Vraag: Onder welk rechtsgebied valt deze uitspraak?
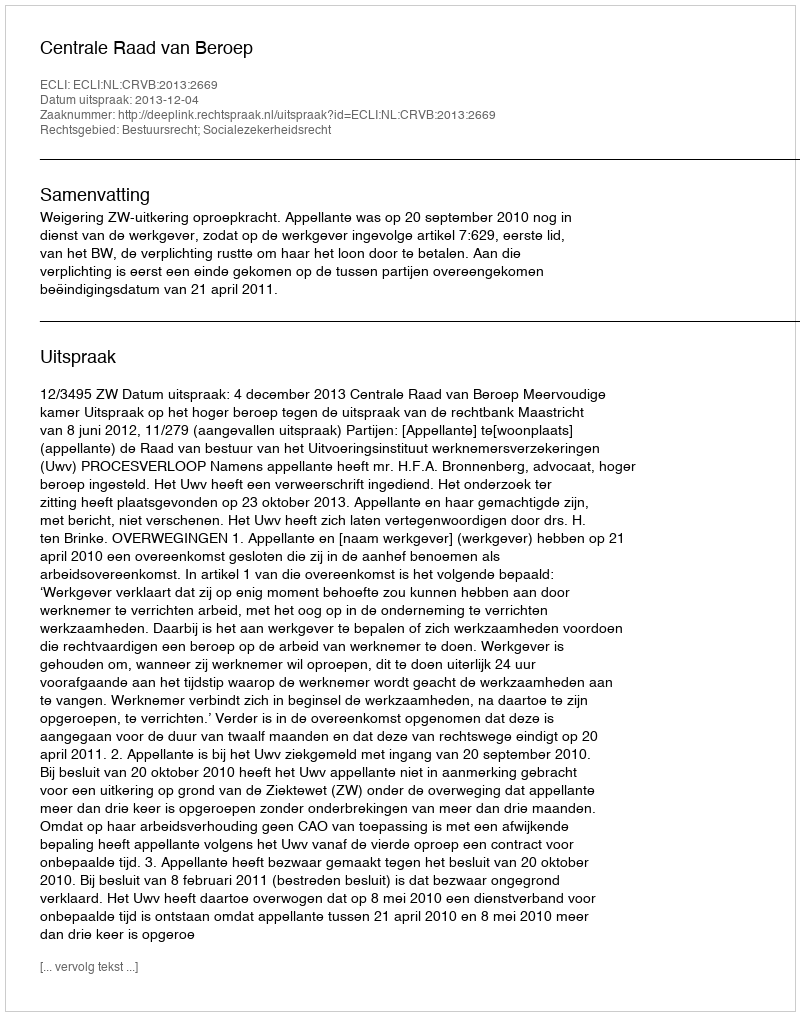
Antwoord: Bestuursrecht; Socialezekerheidsrecht